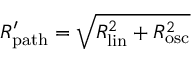
R _ { \mathrm { { p a t h } } } ^ { \prime } = \sqrt { R _ { \mathrm { { l i n } } } ^ { 2 } + R _ { \mathrm { { o s c } } } ^ { 2 } }